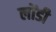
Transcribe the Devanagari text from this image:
लोंडी